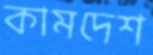
কামদেশ